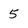
Character: 5